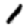
Digit: 1